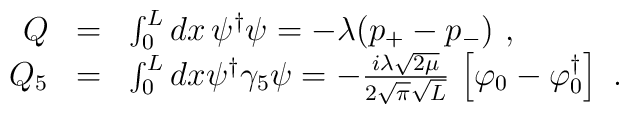
\begin{array}{r c l}Q&=&\int_0^L dx\,\psi^\dagger\psi=-\lambda(p_+-p_-)\ ,\\Q_5&=&\int_0^L dx\psi^\dagger\gamma_5\psi=-\frac{i\lambda\sqrt{2\mu}}{2\sqrt{\pi}\sqrt{L}}\,\left[\varphi_0-\varphi^\dagger_0\right]\ .\end{array}